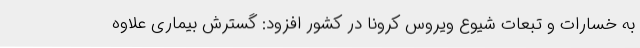
به خسارات و تبعات شیوع ویروس کرونا در کشور افزود: گسترش بیماری علاوه